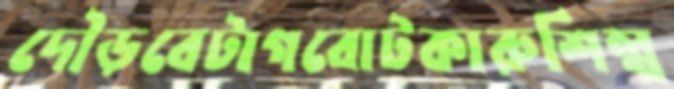
দৌড়বেটাগবোটকারুশিল্প